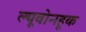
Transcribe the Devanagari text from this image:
ल्यूवोनहूक